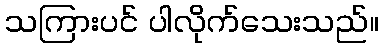
သကြားပင် ပါလိုက်သေးသည်။